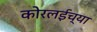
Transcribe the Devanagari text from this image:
कोरलईच्या